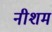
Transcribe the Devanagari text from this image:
नीशम